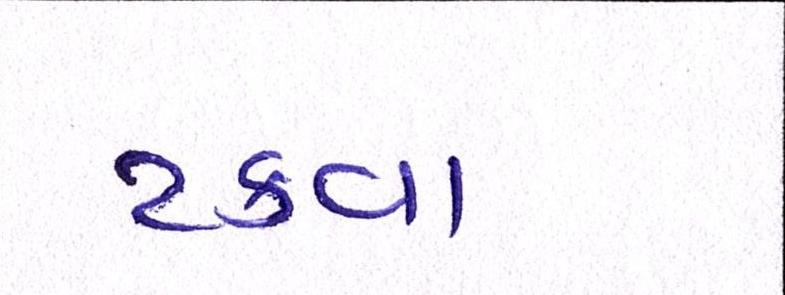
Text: ટકવા